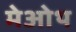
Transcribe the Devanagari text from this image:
मेओथ